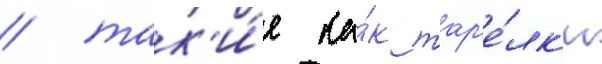
/ так'и́е ка́к тар'е́лк'и